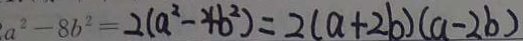
a ^ { 2 } - 8 b ^ { 2 } = 2 ( a ^ { 2 } - 4 b ^ { 2 } ) = 2 ( a + 2 b ) ( a - 2 b )